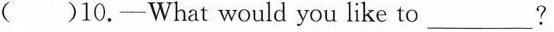
( )10.-What would you like to___?